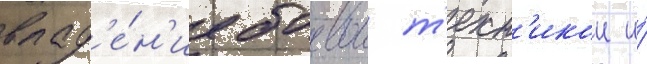
влад'е́н'ие боевои т'ехн'икои и́